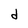
Character: d